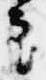
審